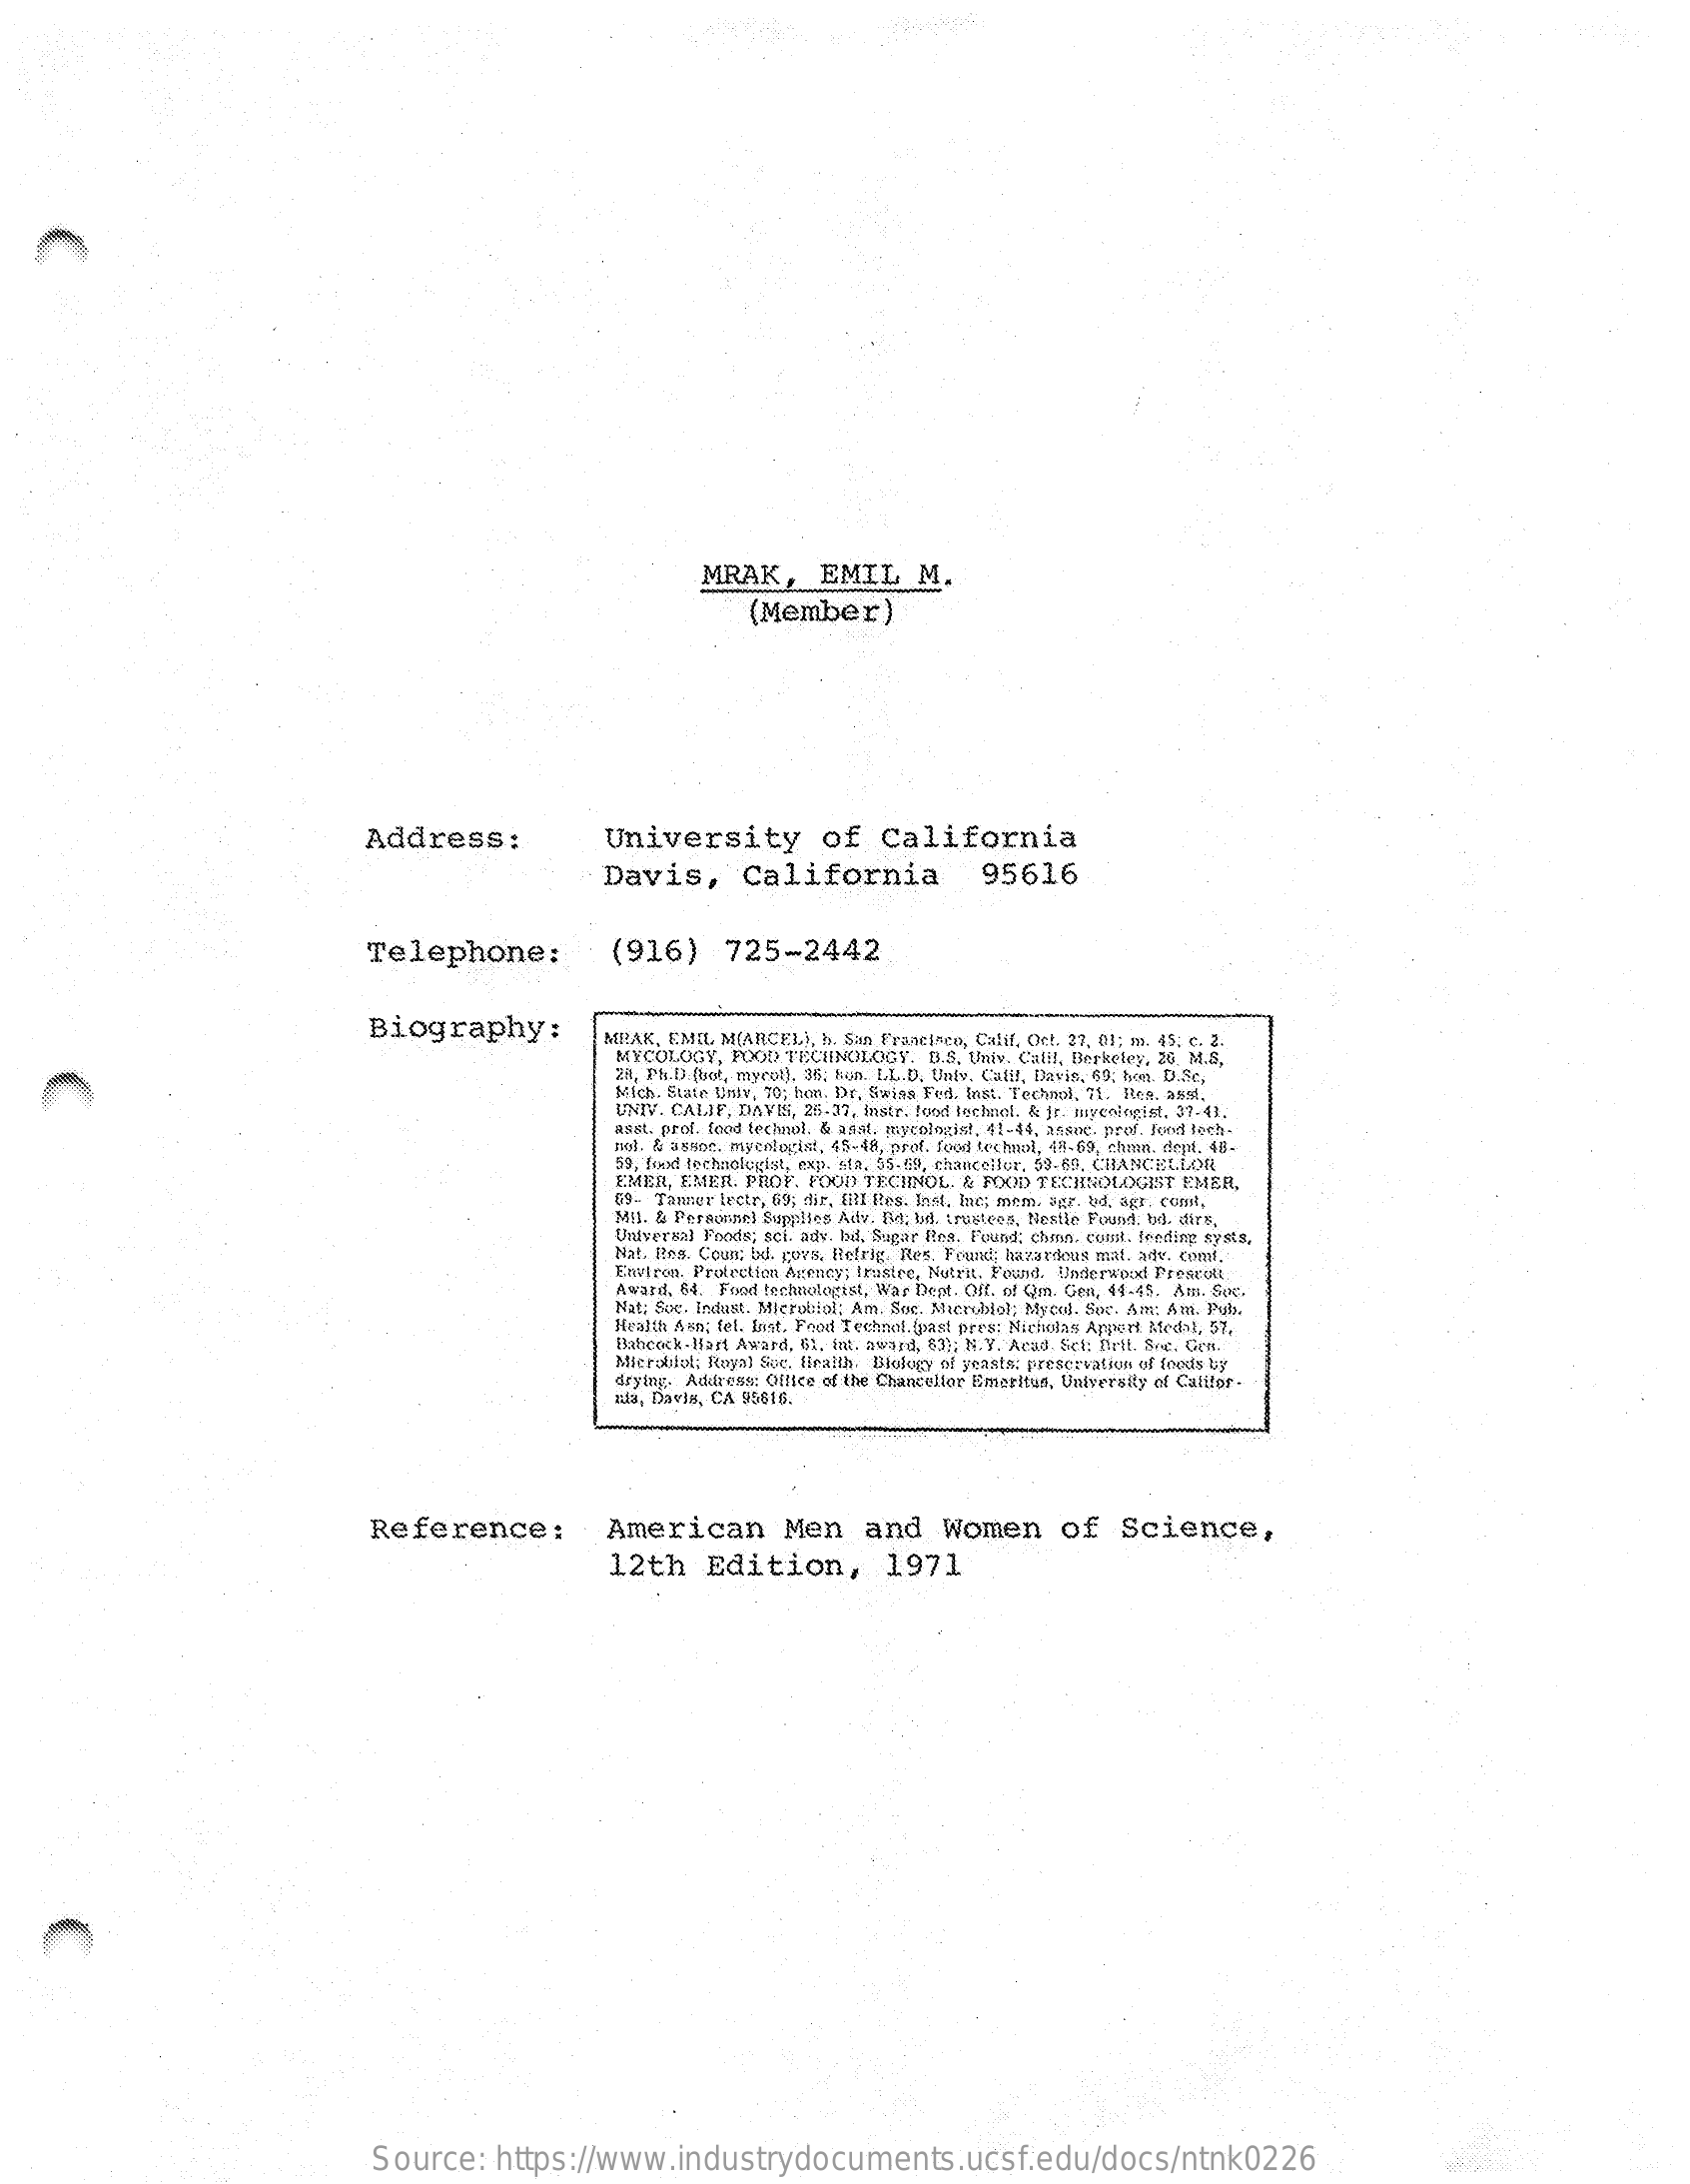
MRAK,    EMIL    M.
     (Member)
     Address:    University    of   California
     Davis,    California    95616
     Telephone:    (916)    725-2442
     Biography:    MILAK, EMIL. MARCEL}, h. San Francisco, Calif, Oct. 27, 01; m. 45; c. 2.
     MYCOLOGY, FOOD TECHNOLOGY. B.S. Univ. Calil, Berkeley, 26. M.S,
     28, Ph.D.(uot, mycut), 36; hun. L.L.D. Univ. Calif, Davis, 69; Son. D.S.c.
     Mich. State Univ, 70; hon. Dr. Swins Fed. Inst. Technol. 71. Ren. as,
     UNIV. CALIF, DAVEI, 25-27, instr. food technol. & jr. niyeologist, 37-41.
     asst. prof. food technol. & assd. mycologist, 41-44, assne. prof. Fond Boch-
     not. & asyoc. mycologia, 45-48, prof. food techmul, 48-69, chien. dept. 48-
     59, fond technologiat, exp. sta. 55-20, chanceitur, 59-68, CHANCELLOR
     EMER, EMER. PROF. FOOD TECHNOL. & FOOD TECHNOLOGIST EMER,
     59. Tanner lectr, 69; dir, All Res. Inst. Inc; mem, Fer. b4, 8g3, com,
     Mil. & Personnel Supplies Adv. Ba: bd. trustees, Nestle Found. bd. dirs.
     Universal Foods; sci. ady. lad. Sugar Res. Found; como. curut. feeding systs.
     Nat. Res. Coun: bd. gova, Refrig Res. Found; hazardous mat. adv. coml,
     Environ. Protection Agency; Brusire, Nutrit. Found. Underwood Prescott
     Award, 84. Fred technologist, War Dept. Oft. of Om Gra, 44-45. Am. Soe.
     Nat: Soc. Indast. Microbitof; Am. Soc. Mercatol; Mycul. Spe- Am: Am. Pub
     Health Asn; fel. Inst. Food Technol. fpast pres; Nicholas Apport Medal, 57.
     Fabcock-Hast Award, 61. int. award, 63 ;; N.Y. Arad Sch: Diett. Soc. Gen.
     Microbiol: Royal Soc. firallh. Biology of yeasts. preservation of foods by
     drying, Address: Office of the Chancellor Emeritus, University of Califor .
     lula, Davis, CA 99616.
     Reference:    American    Men    and   Women    of   Science,
     12th    Edition,    1971
     Source:   https://www.industrydocuments.ucsf.edu/docs/ntnk0226